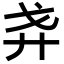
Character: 𢌵